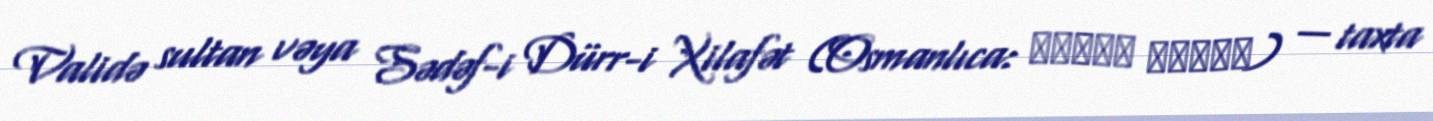
Validə sultan vəya Sədəf-i Dürr-i Xilafət (Osmanlıca: والده سلطان) — taxta